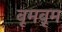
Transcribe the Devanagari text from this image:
बूमबूम